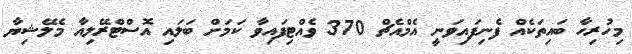
މިހުރިހާ ބައިތަކެއް ފެނިފައިވަނީ އެމްއެޗް 370 ވެއްޓިފައިވާ ކަމަށް ބަލައި އޮސްޓްރޭލިއާ މެލޭޝިޔާ